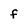
Character: f